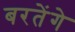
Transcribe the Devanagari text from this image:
बरतेंगे